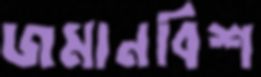
জমানবিশ